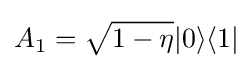
A_{1}={\sqrt {1-\eta }}|0\rangle \langle 1|